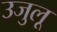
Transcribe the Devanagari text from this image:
उजुलू